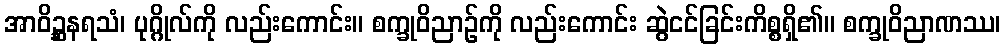
အာဝိဉ္ဆနရသံ၊ ပုဂ္ဂိုလ်ကို လည်းကောင်း။ စက္ခုဝိညာဉ်ကို လည်းကောင်း ဆွဲငင်ခြင်းကိစ္စရှိ၏။ စက္ခုဝိညာဏဿ၊